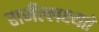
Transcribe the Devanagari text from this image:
राजँल्लक्ष्यते